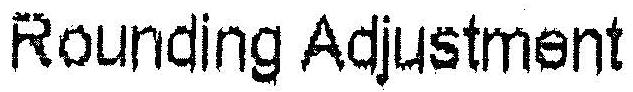
ROUNDING ADJUSTMENT